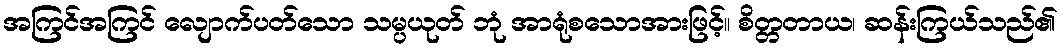
အကြင်အကြင် လျောက်ပတ်သော သမ္ပယုတ် ဘုံ အာရုံစသောအားဖြင့်။ စိတ္တတာယ၊ ဆန်းကြယ်သည်၏